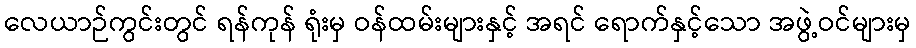
လေယာဉ်ကွင်းတွင် ရန်ကုန် ရုံးမှ ဝန်ထမ်းများနှင့် အရင် ရောက်နှင့်သော အဖွဲ့ဝင်များမှ